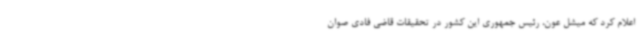
اعلام کرد که میشل عون، رئیس جمهوری این کشور در تحقیقات قاضی فادی صوان